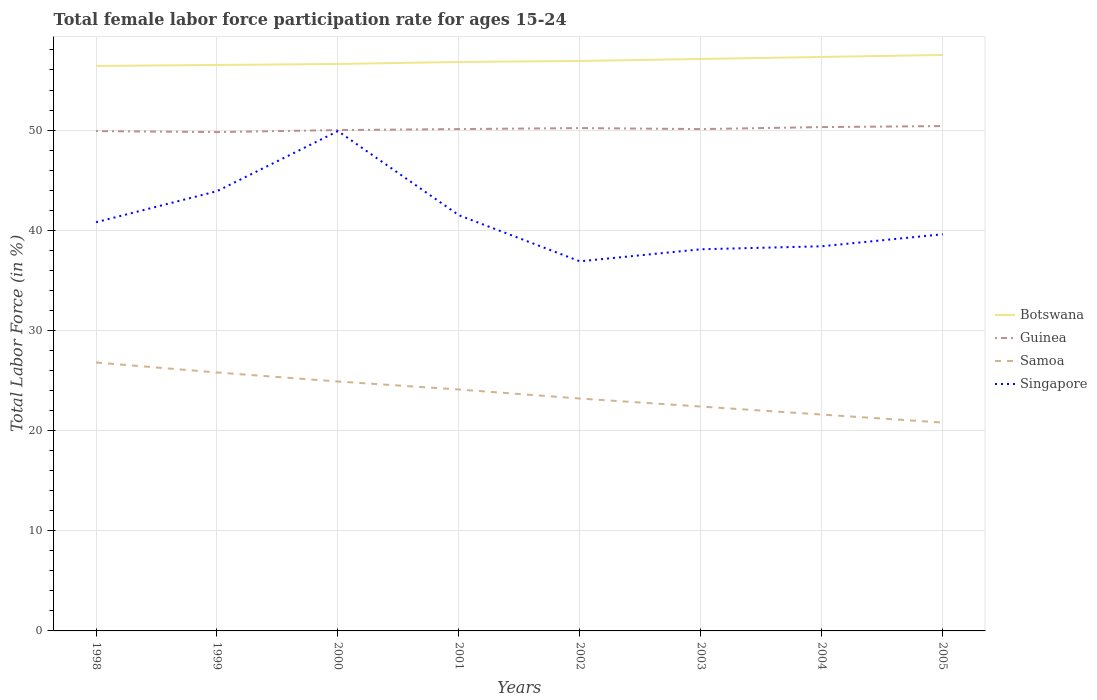
| Years | Botswana | Guinea | Samoa | Singapore |
 | --- | --- | --- | --- | --- |
 | 1998 | 56.4 | 49.9 | 26.8 | 40.8 |
 | 1999 | 56.5 | 49.8 | 25.8 | 43.9 |
 | 2000 | 56.6 | 50 | 24.9 | 49.9 |
 | 2001 | 56.8 | 50.1 | 24.1 | 41.5 |
 | 2002 | 56.9 | 50.2 | 23.2 | 36.9 |
 | 2003 | 57.1 | 50.1 | 22.4 | 38.1 |
 | 2004 | 57.3 | 50.3 | 21.6 | 38.4 |
 | 2005 | 57.5 | 50.4 | 20.8 | 39.6 |